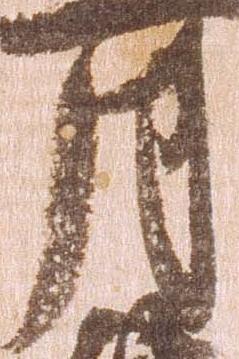
月